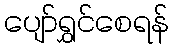
ပျော်ရွှင်စေရန်